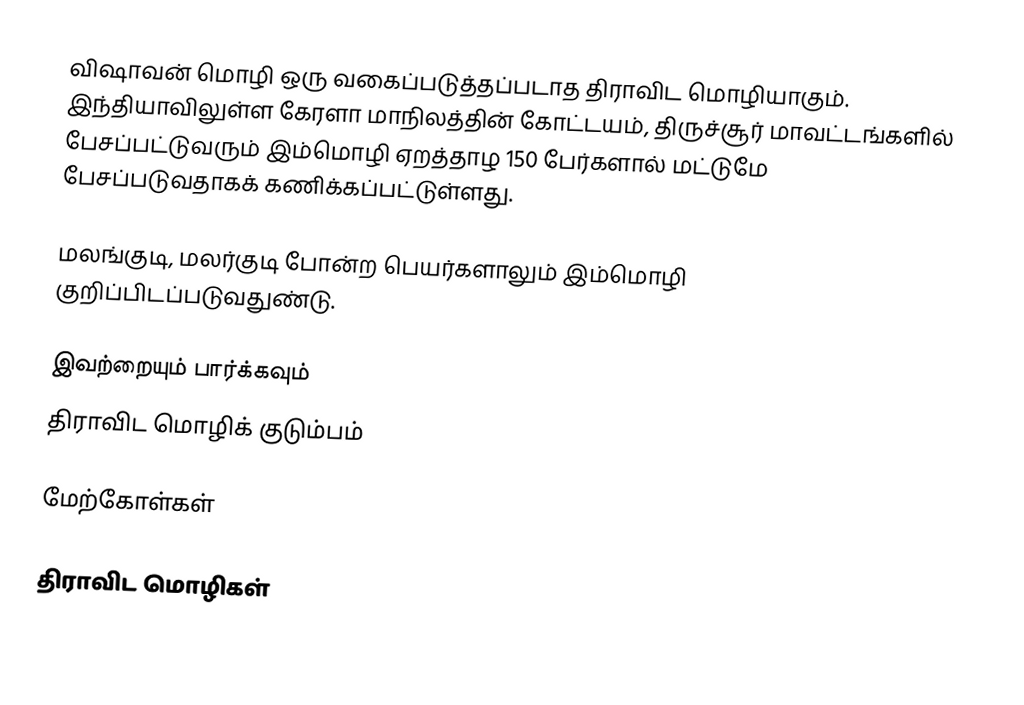
விஷாவன் மொழி ஒரு வகைப்படுத்தப்படாத திராவிட மொழியாகும். இந்தியாவிலுள்ள கேரளா மாநிலத்தின் கோட்டயம், திருச்சூர் மாவட்டங்களில் பேசப்பட்டுவரும் இம்மொழி ஏறத்தாழ 150 பேர்களால் மட்டுமே பேசப்படுவதாகக் கணிக்கப்பட்டுள்ளது.

மலங்குடி, மலர்குடி போன்ற பெயர்களாலும் இம்மொழி குறிப்பிடப்படுவதுண்டு.

இவற்றையும் பார்க்கவும்
 திராவிட மொழிக் குடும்பம்

மேற்கோள்கள்

திராவிட மொழிகள்